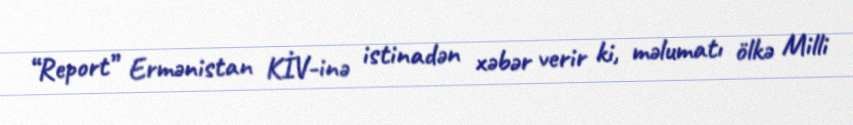
“Report” Ermənistan KİV-inə istinadən xəbər verir ki, məlumatı ölkə Milli